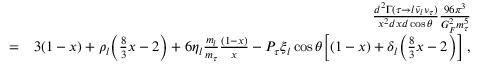
\begin{array} { r l r } & { } & { { \frac { d ^ { 2 } \Gamma ( \tau \to l \bar { \nu } _ { l } \nu _ { \tau } ) } { x ^ { 2 } d x d \cos \theta } } { \frac { 9 6 \pi ^ { 3 } } { G _ { F } ^ { 2 } m _ { \tau } ^ { 5 } } } } \\ & { = } & { 3 ( 1 - x ) + \rho _ { l } \bigg ( { \frac { 8 } { 3 } } x - 2 \bigg ) + 6 \eta _ { l } { \frac { m _ { l } } { m _ { \tau } } } { \frac { ( 1 - x ) } { x } } - P _ { \tau } \xi _ { l } \cos \theta \bigg [ ( 1 - x ) + \delta _ { l } \bigg ( { \frac { 8 } { 3 } } x - 2 \bigg ) \bigg ] \; , } \end{array}